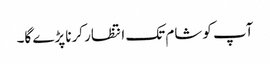
آپ کو شام تک انتظار کرنا پڑے گا۔